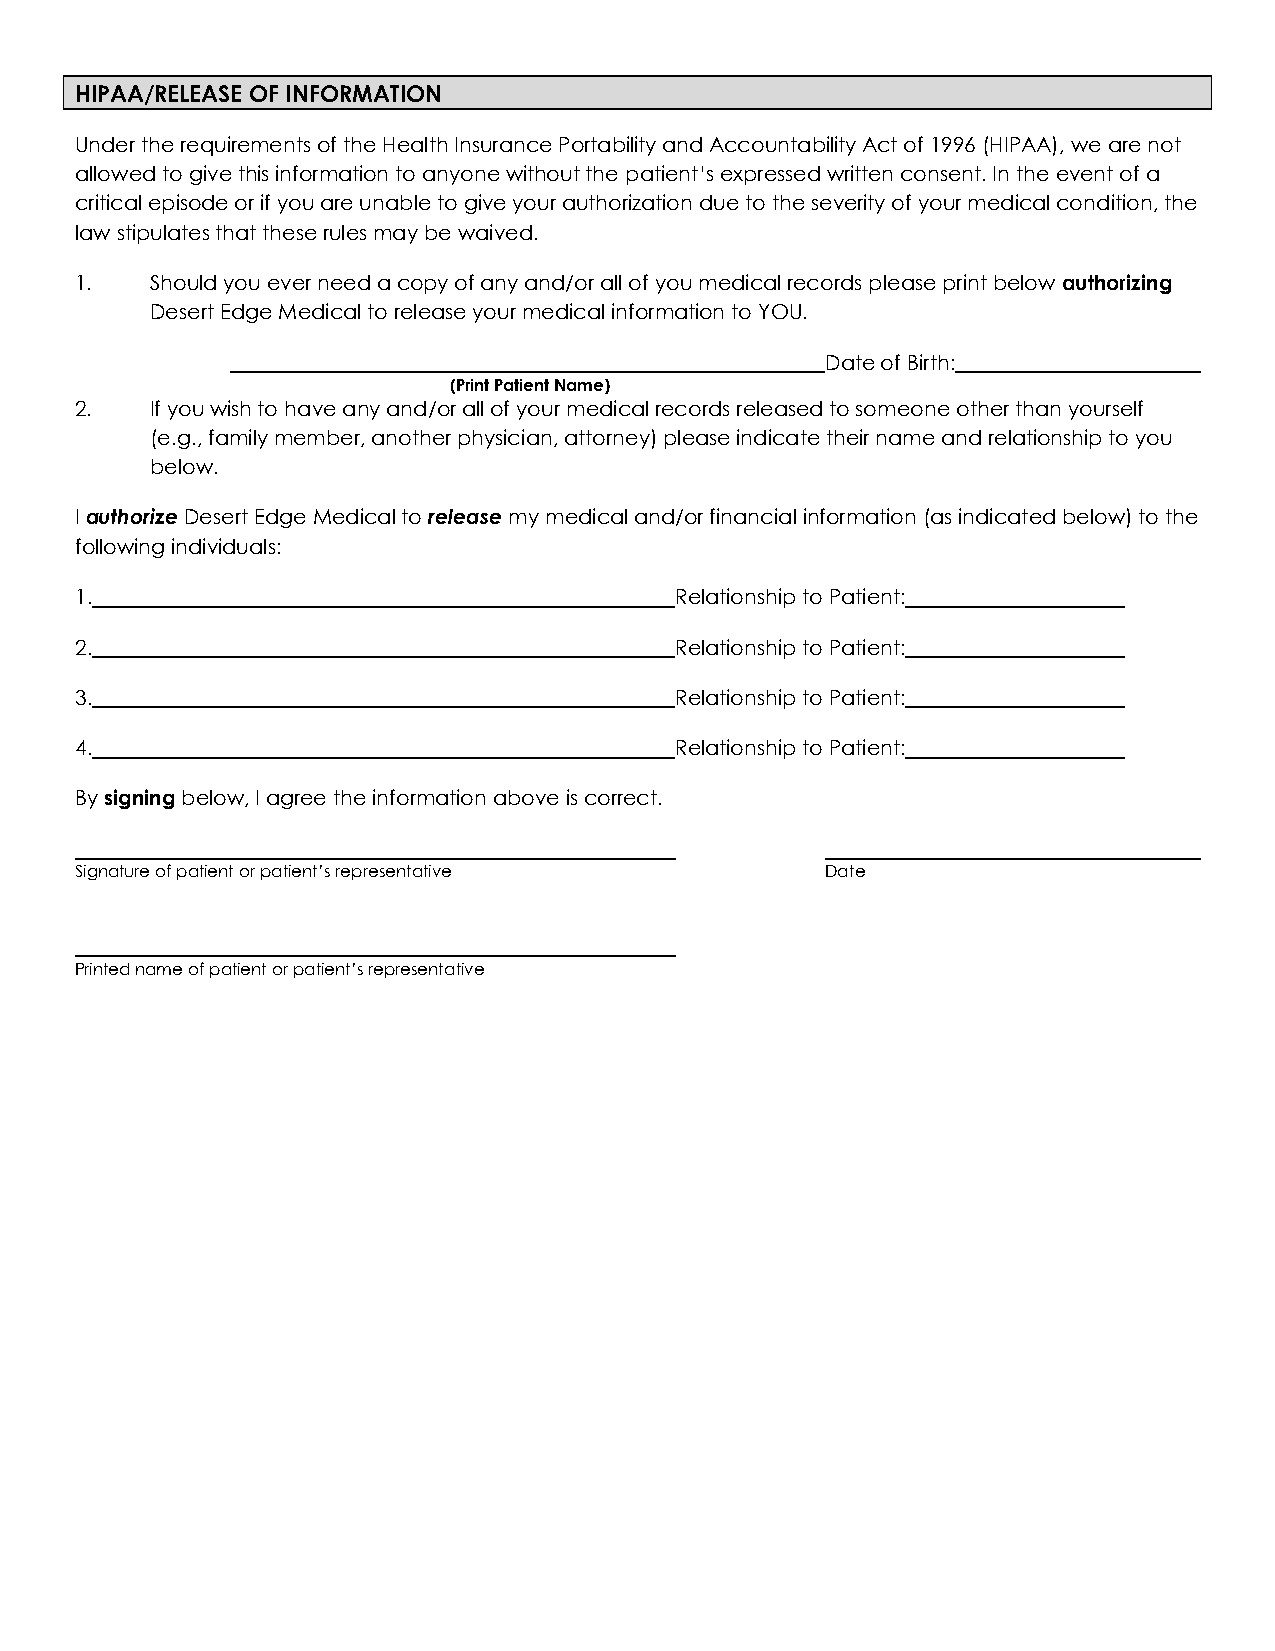
HIPAA/RELEASE OF INFORMATION
 Under the requirements of the Health Insurance Portability and Accountability Act of 1996 (HIPAA), we are not
 allowed to give this information to anyone without the patient’s expressed written consent. In the event of a
 critical episode or if you are unable to give your authorization due to the severity of your medical condition, the
 law stipulates that these rules may be waived.
 1.   Should you ever need a copy of any and/or all of you medical records please print below authorizing
 Desert Edge Medical to release your medical information to YOU.
 Date of Birth:
 (Print Patient Name)
 2.   If you wish to have any and/or all of your medical records released to someone other than yourself
 (e.g., family member, another physician, attorney) please indicate their name and relationship to you
 below.
 I authorize Desert Edge Medical to release my medical and/or financial information (as indicated below) to the
 following individuals:
 1.                                      Relationship to Patient:
 2.                                      Relationship to Patient:
 3.                                      Relationship to Patient:
 4.                                      Relationship to Patient:
 By signing below, I agree the information above is correct.
 Signature of patient or patient’s representative  Date
 Printed name of patient or patient’s representative